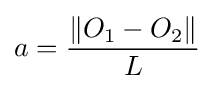
a={\frac {\|O_{1}-O_{2}\|}{L}}